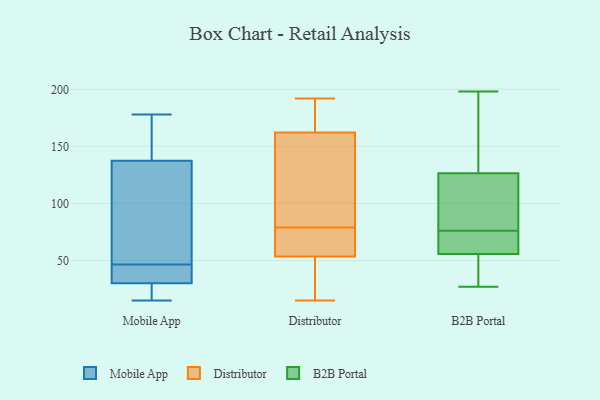
{"axis": {"x": "Temperature (°C)", "y": "Value"}, "legend": ["B2B Portal", "Distributor", "Mobile App"], "data": [{"x": "", "y": 15, "type": "Mobile App"}, {"x": "", "y": 42, "type": "Mobile App"}, {"x": "", "y": 21, "type": "Mobile App"}, {"x": "", "y": 58, "type": "Mobile App"}, {"x": "", "y": 44, "type": "Mobile App"}, {"x": "", "y": 122, "type": "Mobile App"}, {"x": "", "y": 28, "type": "Mobile App"}, {"x": "", "y": 63, "type": "Mobile App"}, {"x": "", "y": 30, "type": "Mobile App"}, {"x": "", "y": 49, "type": "Mobile App"}, {"x": "", "y": 167, "type": "Mobile App"}, {"x": "", "y": 30, "type": "Mobile App"}, {"x": "", "y": 160, "type": "Mobile App"}, {"x": "", "y": 153, "type": "Mobile App"}, {"x": "", "y": 39, "type": "Mobile App"}, {"x": "", "y": 178, "type": "Mobile App"}, {"x": "", "y": 164, "type": "Distributor"}, {"x": "", "y": 68, "type": "Distributor"}, {"x": "", "y": 24, "type": "Distributor"}, {"x": "", "y": 53, "type": "Distributor"}, {"x": "", "y": 15, "type": "Distributor"}, {"x": "", "y": 19, "type": "Distributor"}, {"x": "", "y": 163, "type": "Distributor"}, {"x": "", "y": 55, "type": "Distributor"}, {"x": "", "y": 129, "type": "Distributor"}, {"x": "", "y": 160, "type": "Distributor"}, {"x": "", "y": 184, "type": "Distributor"}, {"x": "", "y": 192, "type": "Distributor"}, {"x": "", "y": 79, "type": "Distributor"}, {"x": "", "y": 79, "type": "Distributor"}, {"x": "", "y": 82, "type": "Distributor"}, {"x": "", "y": 81, "type": "B2B Portal"}, {"x": "", "y": 76, "type": "B2B Portal"}, {"x": "", "y": 198, "type": "B2B Portal"}, {"x": "", "y": 27, "type": "B2B Portal"}, {"x": "", "y": 151, "type": "B2B Portal"}, {"x": "", "y": 123, "type": "B2B Portal"}, {"x": "", "y": 93, "type": "B2B Portal"}, {"x": "", "y": 119, "type": "B2B Portal"}, {"x": "", "y": 27, "type": "B2B Portal"}, {"x": "", "y": 43, "type": "B2B Portal"}, {"x": "", "y": 68, "type": "B2B Portal"}, {"x": "", "y": 58, "type": "B2B Portal"}, {"x": "", "y": 137, "type": "B2B Portal"}, {"x": "", "y": 49, "type": "B2B Portal"}, {"x": "", "y": 68, "type": "B2B Portal"}, {"x": "", "y": 164, "type": "B2B Portal"}, {"x": "", "y": 63, "type": "B2B Portal"}]}